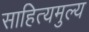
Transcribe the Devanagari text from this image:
साहित्यमुल्य